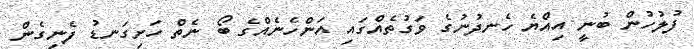
ފުލުހުން ބުނީ އިއްޔެ ހެނދުނުގެ ވަގުތެއްގައި އަންހެނެއްގެ ބޯ ނެތް ހަށިގަނޑު ފެނިގެން